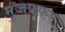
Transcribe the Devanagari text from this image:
मुजफ्फ़र